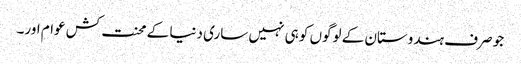
جو صرف ہندوستان کے لوگوں کو ہی نہیں ساری دنیا کے محنت کش عوام اور۔